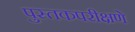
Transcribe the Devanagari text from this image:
पुस्तकपरीक्षणे